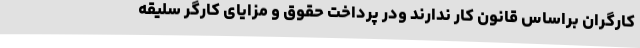
کارگران براساس قانون کار ندارند ودر پرداخت حقوق و مزایای کارگر سلیقه